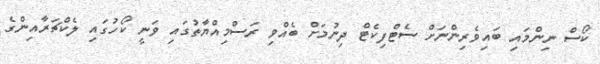
ކޯސް ނިންމައި ބައިވެރިންނަށް ސެޓްފިކެޓް ދިނުމަށް ބެއްވި ރަސްމިއްޔާތުގައި ވަނީ ކޯހުގައި ލެކްޗަރާއިންގެ